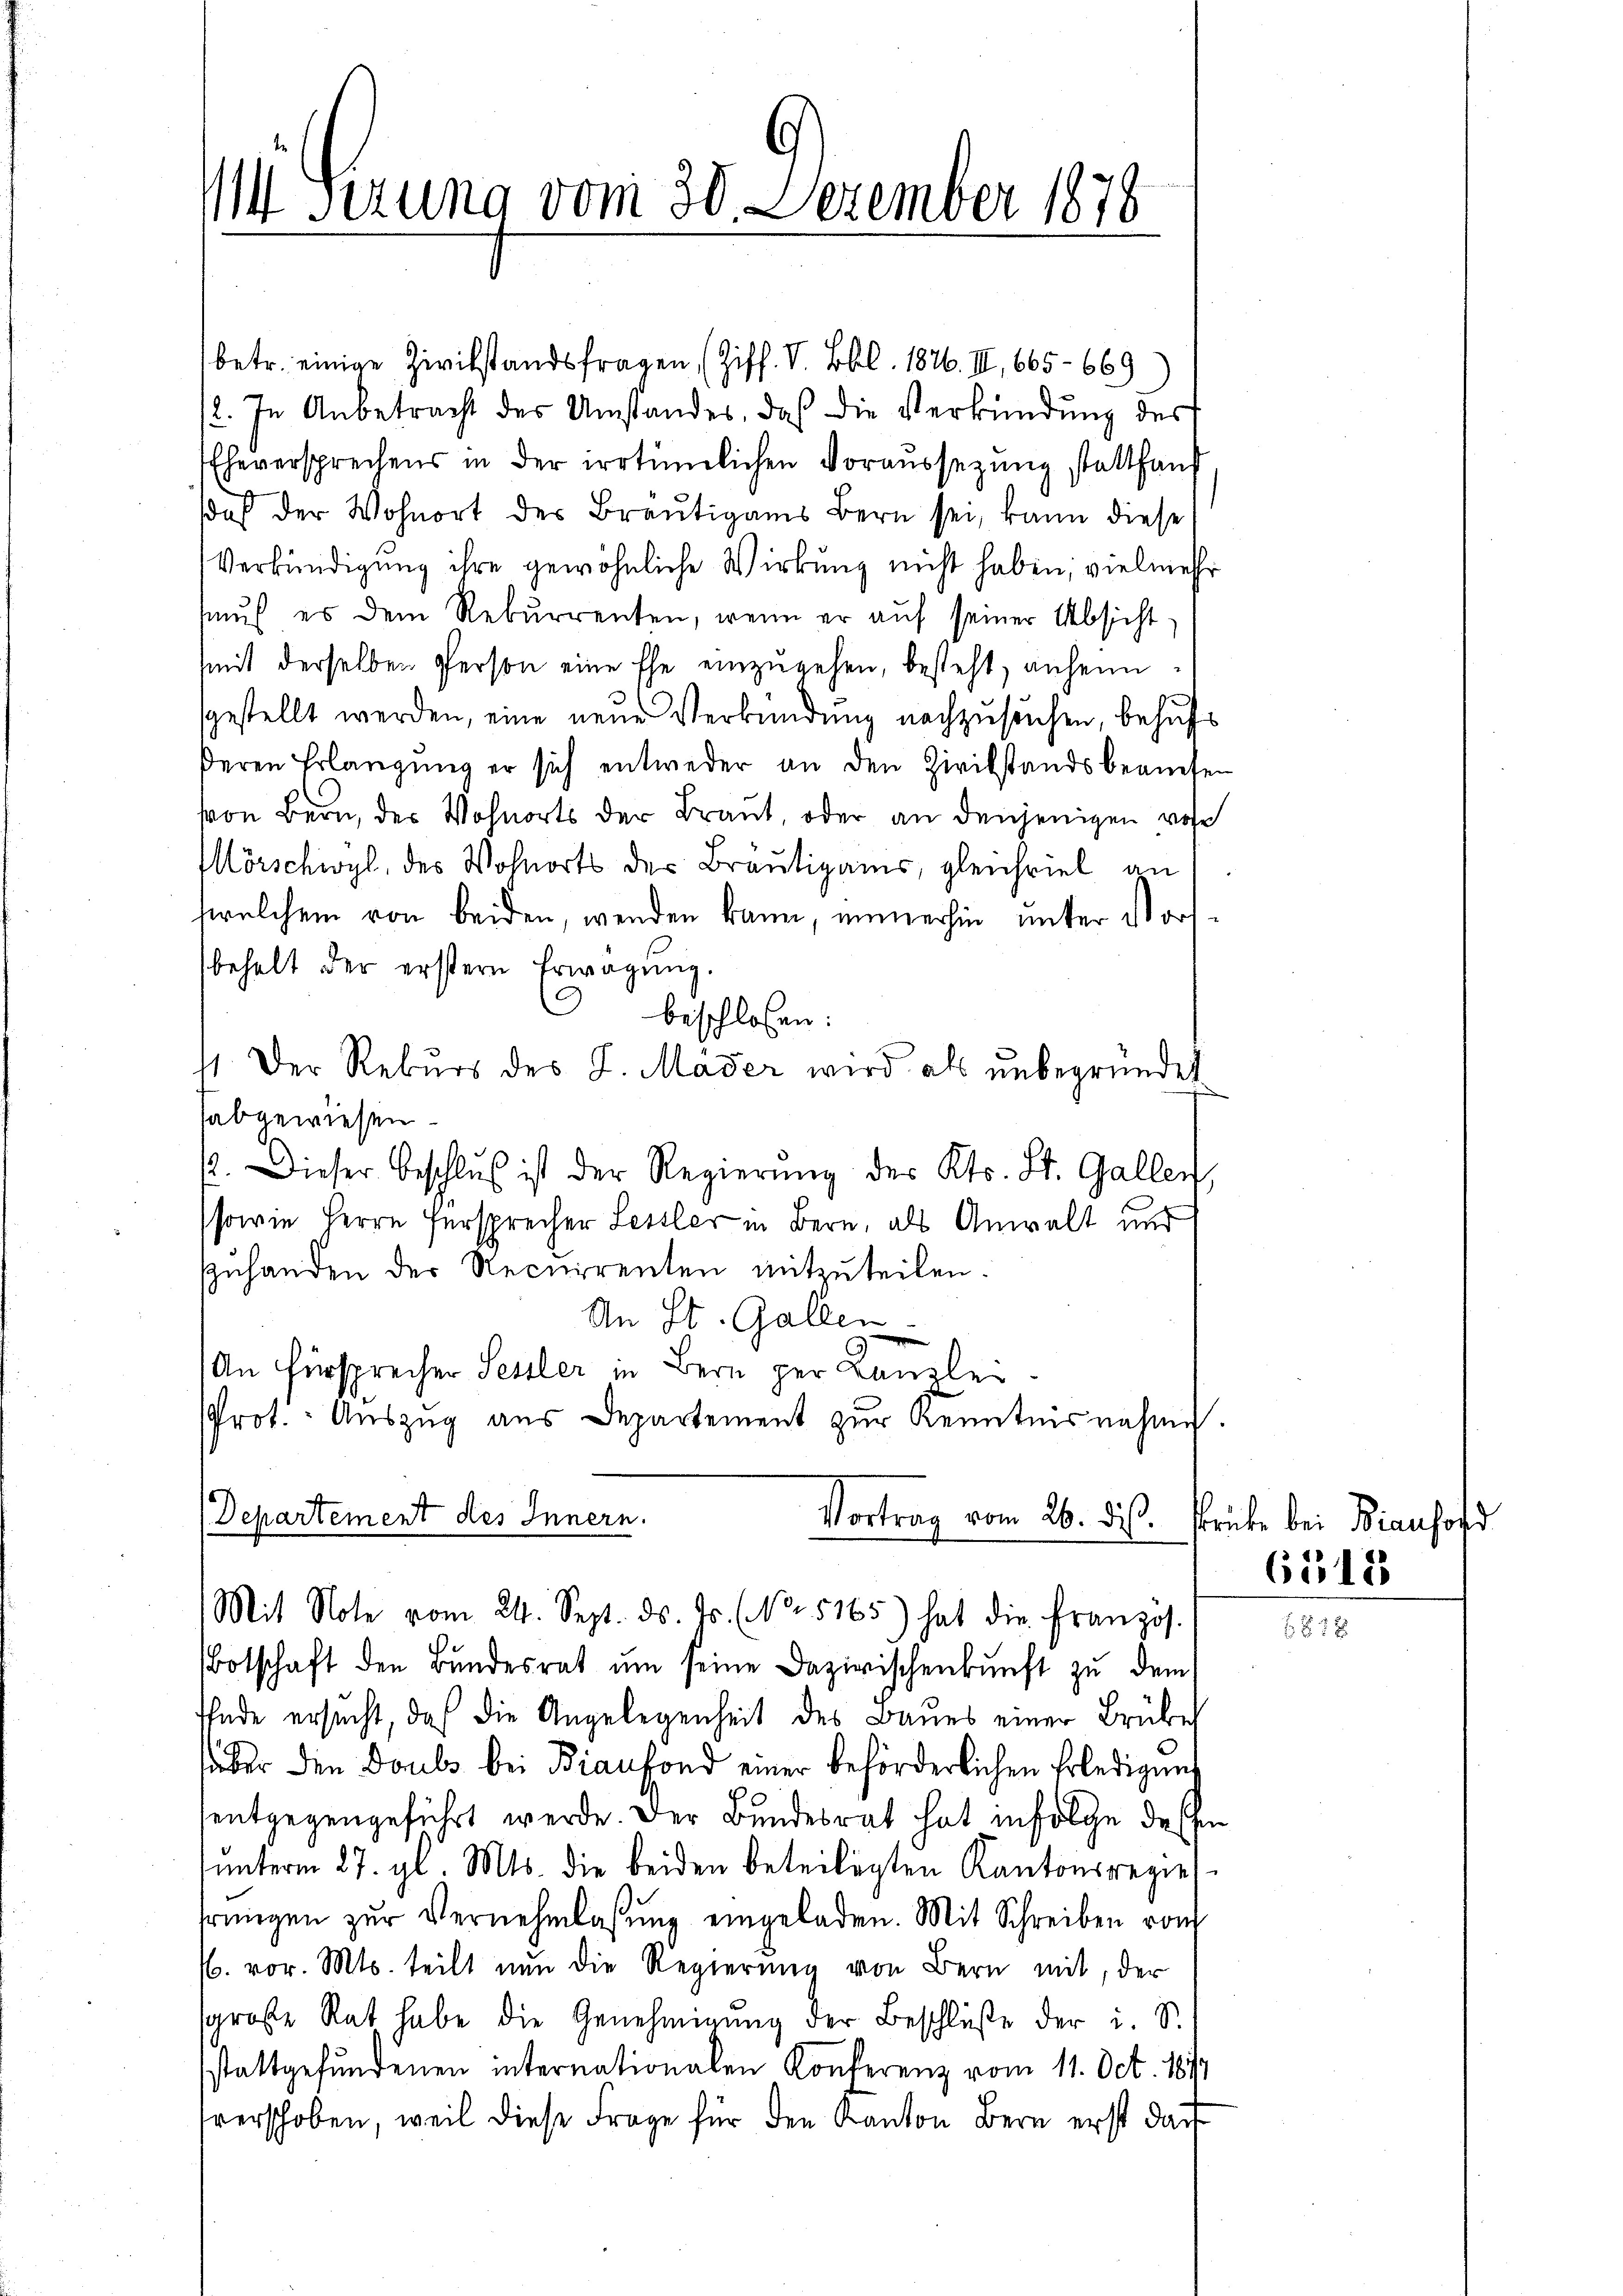
14 Serung vom 30. Dezember 1878

betr. einige Zivilstandsfragen (Ziff. V. Bbl. 1826. III, 665 - 669
2. In Anbetracht des Umstandes, daß die Verkündung des
Eheversprechens in der irrtümlichen Voraŭssetzŭng statthauf
daß der Wohnort des Bräutigams Bern sei, kann diese
Verkündigung ihre gewöhnliche Wirkung nicht haben; vielmehr
mŭs, es dem Rekurrenten, wenn er aŭf seiner Absicht-
mit derselben Person eine Ehe einzŭgehen, besteht, anheimsgestellt werden, eine neue Verkündung nachzusuchen, behufs
deren Erlangŭng er sich entweder an den Zivilstandsbeanesen
von Bern, der Wohnorts der Braut, oder an denjenigen rohe
Mörschwyl, des Wohnorts der Bräutigams, gleichviel an
welchem von beiden, wenden kann, immerhin unter Vorsbehalt der erstern Erwägung.
9
beschlossen:
11. Der Rekŭrs des L. Mader wird als ŭnbegründet
abgewiesen.
2. Dieser Beschlŭβ ist der Regierŭng des Kts. St. Gallen,
sowie Herrn Fürsprecher Lessler in Bern, als Anwalt und
zuhanden der Recurrenten mitzuteilen.
An St. Gallen
An Fürsprecher Sessler in Bern per Kanzle
Prot. Aŭszŭg aŭs Departement zŭr Kenntnisnahme
(Departement des Innern.
Vortrag vom 26. ds.
Mit Note vom 24. Sept. ds. Js. (No. 5165) hat die Französ
Botschaft den Bundesrat ŭm seine Dazirischenkunft zu dem
Ende ersucht, daß die Angelegenheit des Baues einer Brübe
über den Doubs bei Bianfond einer beförderlichen Erledigung
entgegengeführt werde. Der Bundesrat hat infolge dessen
ŭnterm 27. gl. Mts. die beiden beteiligten Kantonsregier
bringen zŭr Vernehmlassŭng eingeladen. Mit Schreiben vom
/. vor. Mts. teilt nun die Regierung von Bern mit, der
große Rat habe die Genehmigŭng der Beschlüße der i. S.
stattgefundenen internationalen Konferenz vom 11. Oct. 1874
verschoben, weil diese Frage für den Kanton Bern erst darf

srücke bei Biausord
6518